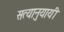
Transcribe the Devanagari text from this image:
सत्यानुयायी